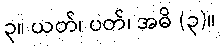
၃။ ယတ်၊ ပတ်၊ အဓိ (၃)။